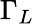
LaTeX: \Gamma_{L}